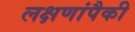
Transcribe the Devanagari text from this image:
लक्षणांपैकी